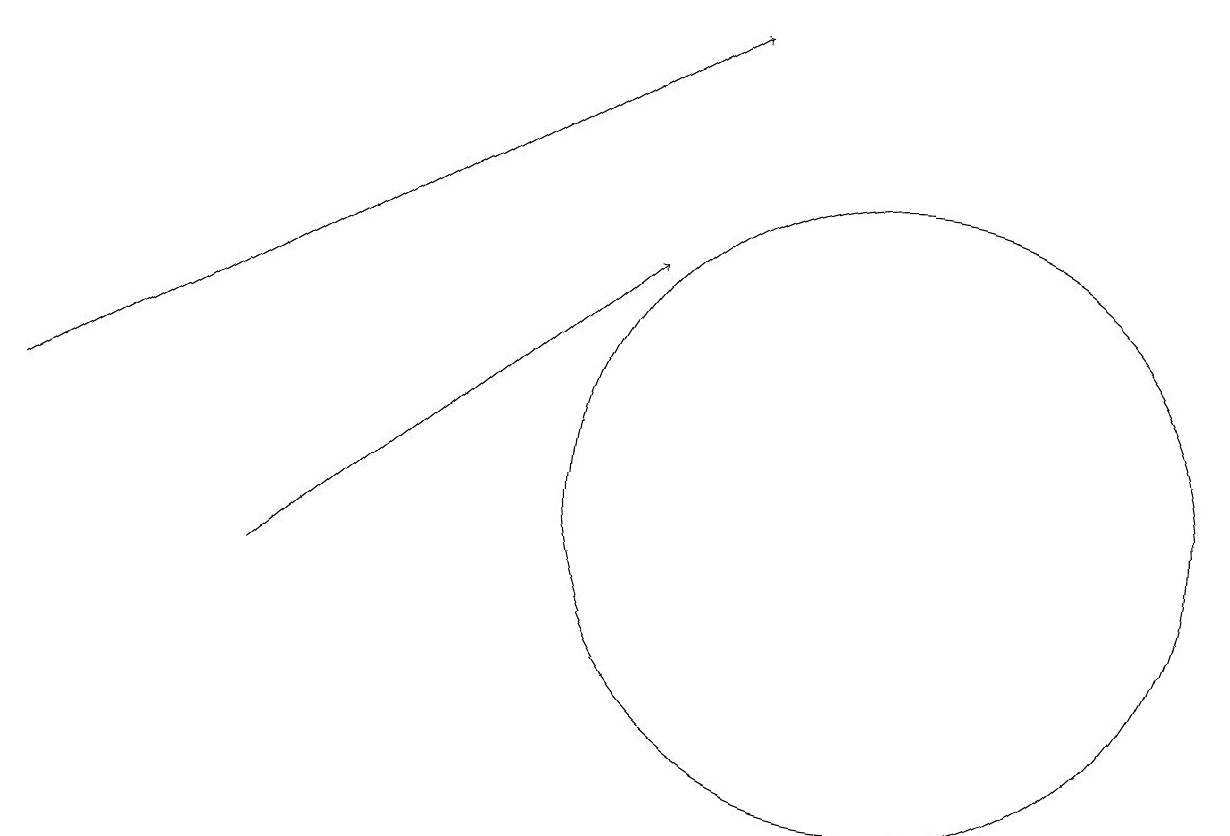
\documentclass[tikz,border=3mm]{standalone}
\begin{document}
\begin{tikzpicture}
\draw[->] (3,10) -- (8,14);
\draw[->] (0,12) -- (9,17);
\draw (11,11) circle (4);
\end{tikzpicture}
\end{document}